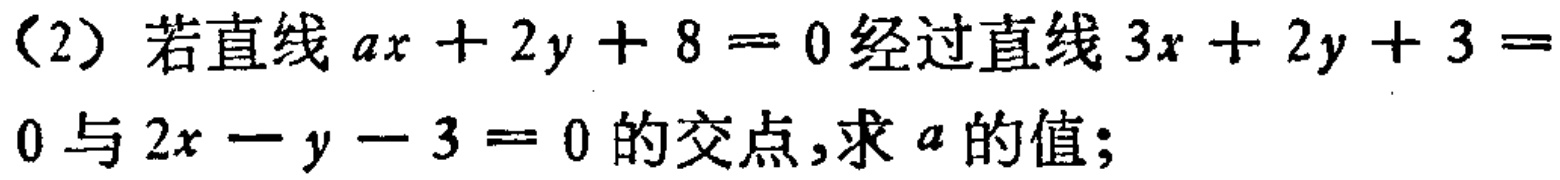
（2）若直线\(ax + 2y + 8 = 0\)经过直线\(3x + 2y + 3 = 0\)与\(2x - y - 3 = 0\)的交点，求\(a\)的值；